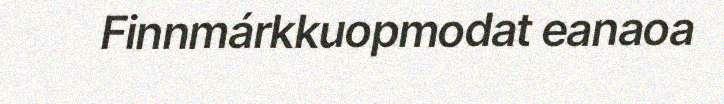
Finnmárkkuopmodat eanaoa